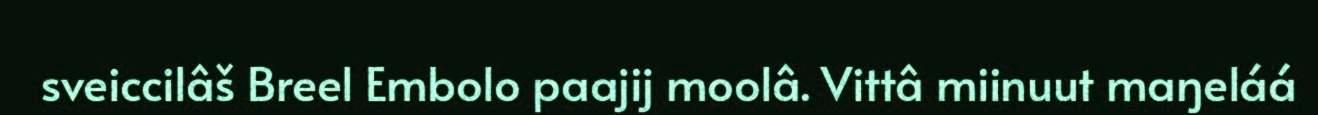
sveiccilâš Breel Embolo paajij moolâ. Vittâ miinuut maŋeláá